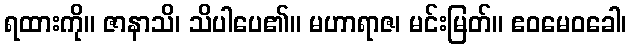
ရထားကို။ ဇာနာသိ၊ သိပါပေ၏။ မဟာရာဇ၊ မင်းမြတ်။ ဧဝမေဝခေါ၊